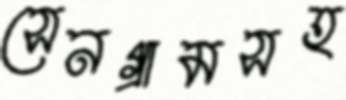
সেনগ্রামসহ